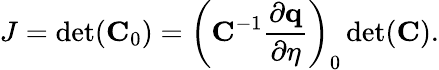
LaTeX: J=\operatorname*{det}(\mathbf{C}_{0})=\left(\mathbf{C}^{-1}\frac{\partial\mathbf{q}}{\partial\eta}\right)_{0}\operatorname*{det}(\mathbf{C}).